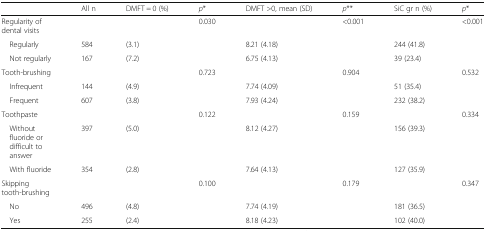
<table><thead><tr><td></td><td><b>All n</b></td><td><b>DMFT = 0 (%)</b></td><td><b><i>p</i>*</b></td><td><b>DMFT &gt;0, mean (SD)</b></td><td><b><i>p</i>**</b></td><td><b>SiC gr n (%)</b></td><td><b><i>p</i>*</b></td></tr></thead><tbody><tr><td>Regularity of dental visits</td><td></td><td></td><td>0.030</td><td></td><td>&lt;0.001</td><td></td><td>&lt;0.001</td></tr><tr><td> Regularly</td><td>584</td><td>(3.1)</td><td></td><td>8.21 (4.18)</td><td></td><td>244 (41.8)</td><td></td></tr><tr><td> Not regularly</td><td>167</td><td>(7.2)</td><td></td><td>6.75 (4.13)</td><td></td><td>39 (23.4)</td><td></td></tr><tr><td>Tooth-brushing</td><td></td><td></td><td>0.723</td><td></td><td>0.904</td><td></td><td>0.532</td></tr><tr><td> Infrequent</td><td>144</td><td>(4.9)</td><td></td><td>7.74 (4.09)</td><td></td><td>51 (35.4)</td><td></td></tr><tr><td> Frequent</td><td>607</td><td>(3.8)</td><td></td><td>7.93 (4.24)</td><td></td><td>232 (38.2)</td><td></td></tr><tr><td>Toothpaste</td><td></td><td></td><td>0.122</td><td></td><td>0.159</td><td></td><td>0.334</td></tr><tr><td> Without fluoride or difficult to answer</td><td>397</td><td>(5.0)</td><td></td><td>8.12 (4.27)</td><td></td><td>156 (39.3)</td><td></td></tr><tr><td> With fluoride</td><td>354</td><td>(2.8)</td><td></td><td>7.64 (4.13)</td><td></td><td>127 (35.9)</td><td></td></tr><tr><td>Skipping tooth-brushing</td><td></td><td></td><td>0.100</td><td></td><td>0.179</td><td></td><td>0.347</td></tr><tr><td> No</td><td>496</td><td>(4.8)</td><td></td><td>7.74 (4.19)</td><td></td><td>181 (36.5)</td><td></td></tr><tr><td> Yes</td><td>255</td><td>(2.4)</td><td></td><td>8.18 (4.23)</td><td></td><td>102 (40.0)</td><td></td></tr></tbody></table>